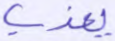
يعذب